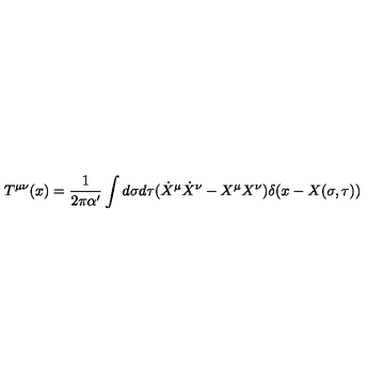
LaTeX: T ^ { \mu \nu } ( x ) = \frac { 1 } { 2 \pi \alpha ^ { \prime } } \int d \sigma d \tau ( \dot { X } ^ { \mu } \dot { X } ^ { \nu } - X ^ { \mu } X ^ { \nu } ) \delta ( x - X ( \sigma , \tau ) )